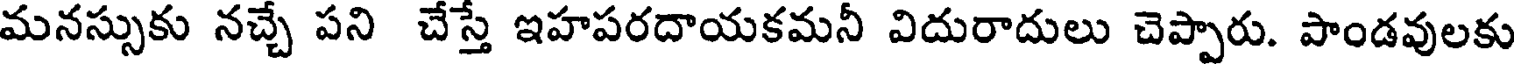
మనస్సుకు నచ్చే పని చేస్తే ఇహపరదాయకమనీ విదురాదులు చెప్పారు. పాండవులకు